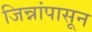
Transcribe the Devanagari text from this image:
जिन्नांपासून